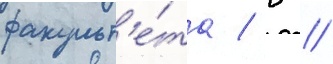
факульт'е́та / в //